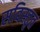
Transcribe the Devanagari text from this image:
सविस्तृत